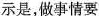
示是，做事情要